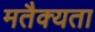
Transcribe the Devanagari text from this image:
मतैक्यता